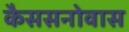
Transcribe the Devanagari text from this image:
कैससनोवास